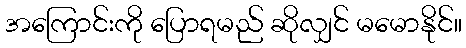
အကြောင်းကို ပြောရမည် ဆိုလျှင် မမောနိုင်။